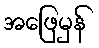
အဖြေမှန်